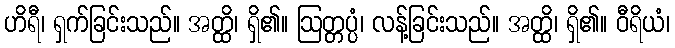
ဟိရီ၊ ရှက်ခြင်းသည်။ အတ္ထိ၊ ရှိ၏။ ဩတ္တပ္ပံ၊ လန့်ခြင်းသည်။ အတ္ထိ၊ ရှိ၏။ ဝီရိယံ၊